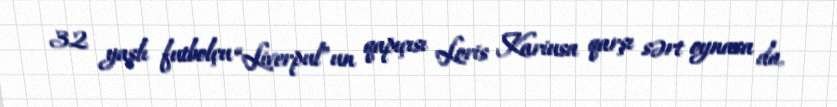
32 yaşlı futbolçu “Liverpul”un qapıçısı Loris Kariusa qarşı sərt oynasa da,